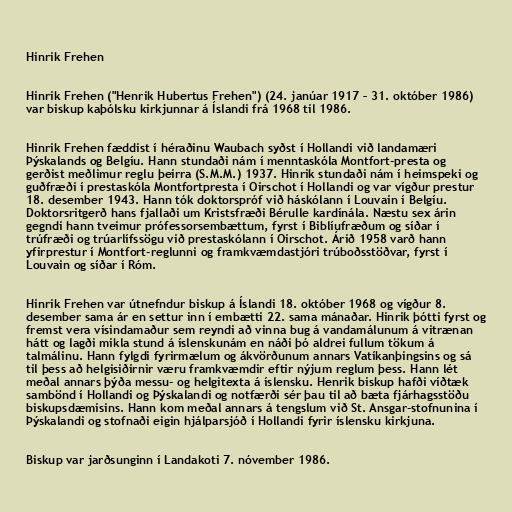
Hinrik Frehen

Hinrik Frehen ("Henrik Hubertus Frehen") (24. janúar 1917 – 31. október 1986)
var biskup kaþólsku kirkjunnar á Íslandi frá 1968 til 1986.

Hinrik Frehen fæddist í héraðinu Waubach syðst í Hollandi við landamæri
Þýskalands og Belgíu. Hann stundaði nám í menntaskóla Montfort-presta og
gerðist meðlimur reglu þeirra (S.M.M.) 1937. Hinrik stundaði nám í heimspeki og
guðfræði í prestaskóla Montfortpresta í Oirschot í Hollandi og var vígður prestur
18. desember 1943. Hann tók doktorspróf við háskólann í Louvain í Belgíu.
Doktorsritgerð hans fjallaði um Kristsfræði Bérulle kardínála. Næstu sex árin
gegndi hann tveimur prófessorsembættum, fyrst í Biblíufræðum og síðar í
trúfræði og trúarlífssögu við prestaskólann í Oirschot. Árið 1958 varð hann
yfirprestur í Montfort-reglunni og framkvæmdastjóri trúboðsstöðvar, fyrst í
Louvain og síðar í Róm.

Hinrik Frehen var útnefndur biskup á Íslandi 18. október 1968 og vígður 8.
desember sama ár en settur inn í embætti 22. sama mánaðar. Hinrik þótti fyrst og
fremst vera vísindamaður sem reyndi að vinna bug á vandamálunum á vitrænan
hátt og lagði mikla stund á íslenskunám en náði þó aldrei fullum tökum á
talmálinu. Hann fylgdi fyrirmælum og ákvörðunum annars Vatíkanþingsins og sá
til þess að helgisiðirnir væru framkvæmdir eftir nýjum reglum þess. Hann lét
meðal annars þýða messu- og helgitexta á íslensku. Henrik biskup hafði víðtæk
sambönd í Hollandi og Þýskalandi og notfærði sér þau til að bæta fjárhagsstöðu
biskupsdæmisins. Hann kom meðal annars á tengslum við St. Ansgar-stofnunina í
Þýskalandi og stofnaði eigin hjálparsjóð í Hollandi fyrir íslensku kirkjuna.

Biskup var jarðsunginn í Landakoti 7. nóvember 1986.